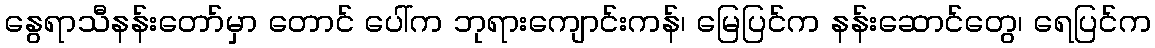
နွေရာသီနန်းတော်မှာ တောင် ပေါ်က ဘုရားကျောင်းကန်၊ မြေပြင်က နန်းဆောင်တွေ၊ ရေပြင်က